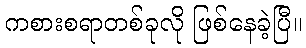
ကစားစရာတစ်ခုလို ဖြစ်နေခဲ့ပြီ။